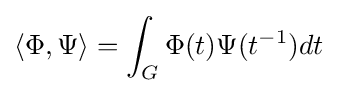
\langle \Phi ,\Psi \rangle =\int _{G}\Phi (t)\Psi (t^{-1})dt